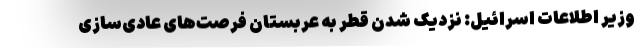
وزیر اطلاعات اسرائیل: نزدیک شدن قطر به عربستان فرصت‌های عادی‌سازی